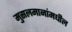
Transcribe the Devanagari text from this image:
मुसलमानांमधील